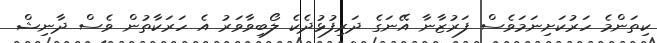
ކިތަންމެ ހަރުކަށިނަމަވެސް ފަރުޒާނާ އޭނަގެ ދަރިފުޅުދެކެ ލޯބިވާވަރު އެ ހަރަކާތުން ވެސް ދާނިޝް